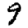
Digit: 9